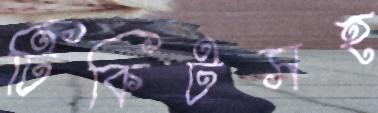
টিকিটসহ